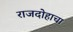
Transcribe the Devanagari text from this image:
राजदोहाचा